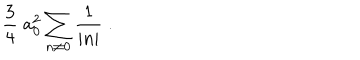
{ \frac { 3 } { 4 } } \; a _ { 0 } ^ { 2 } \sum _ { n \neq 0 } { \frac { 1 } { | n | } } \; .